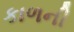
કાળની